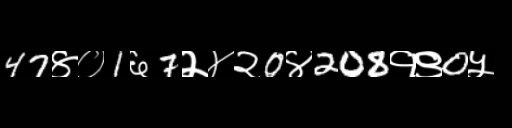
Text: 47४०1६7२४२0४208१९0५